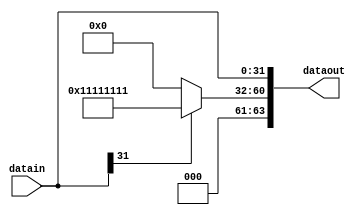
module SignExtend(input [31:0]datain,output [63:0]dataout);
  assign dataout[31:0]=datain;
  assign dataout[63:32]=datain[31]?32'h11111111:32'h00000000;
endmodule